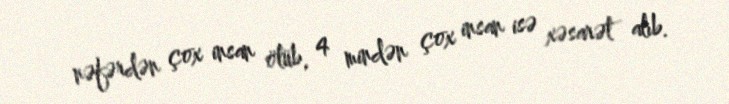
nəfərdən çox insan ölüb, 4 mindən çox insan isə xəsarət alıb.